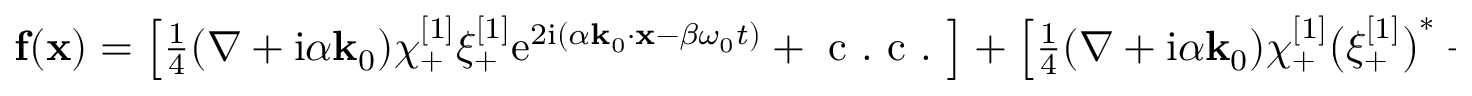
\begin{array} { r } { \mathbf { f } ( \mathbf { x } ) = \left[ \frac { 1 } { 4 } ( \nabla + \mathrm { i } \alpha \mathbf { k } _ { 0 } ) \chi _ { + } ^ { [ 1 ] } { \xi } _ { + } ^ { [ 1 ] } \mathrm { e } ^ { 2 \mathrm { i } ( \alpha \mathbf { k } _ { 0 } \cdot \mathbf { x } - \beta \omega _ { 0 } t ) } + \mathrm { ~ c ~ . ~ c ~ . ~ } \right] + \left[ \frac { 1 } { 4 } ( \nabla + \mathrm { i } \alpha \mathbf { k } _ { 0 } ) \chi _ { + } ^ { [ 1 ] } \big ( \xi _ { + } ^ { [ 1 ] } \big ) ^ { * } + \mathrm { ~ c ~ . ~ c ~ . ~ } \right] . } \end{array}